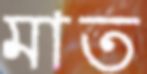
মাত